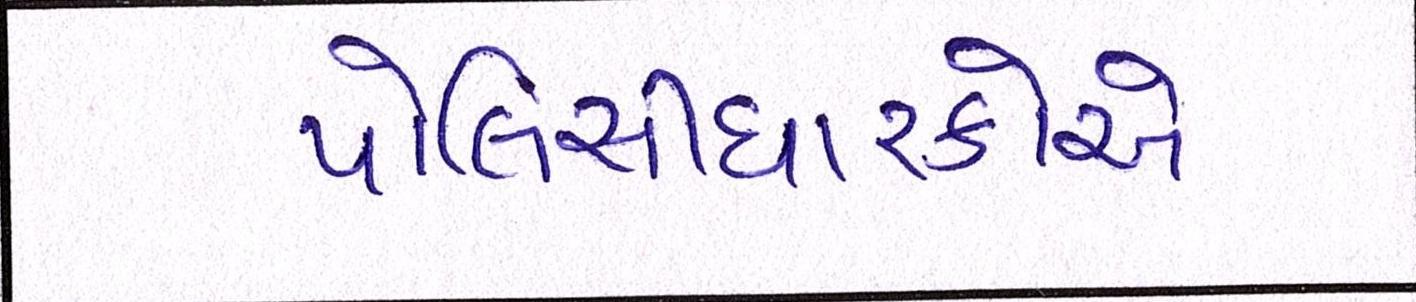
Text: પોલિસીધારકોએ